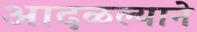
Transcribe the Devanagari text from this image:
आदळल्याने